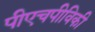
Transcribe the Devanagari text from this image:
पीएचपीविकी